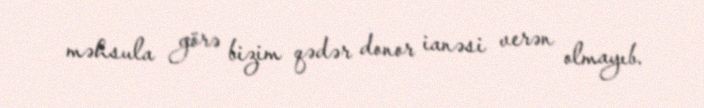
məhsula görə bizim qədər donor ianəsi verən olmayıb.